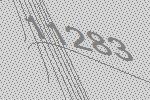
11283